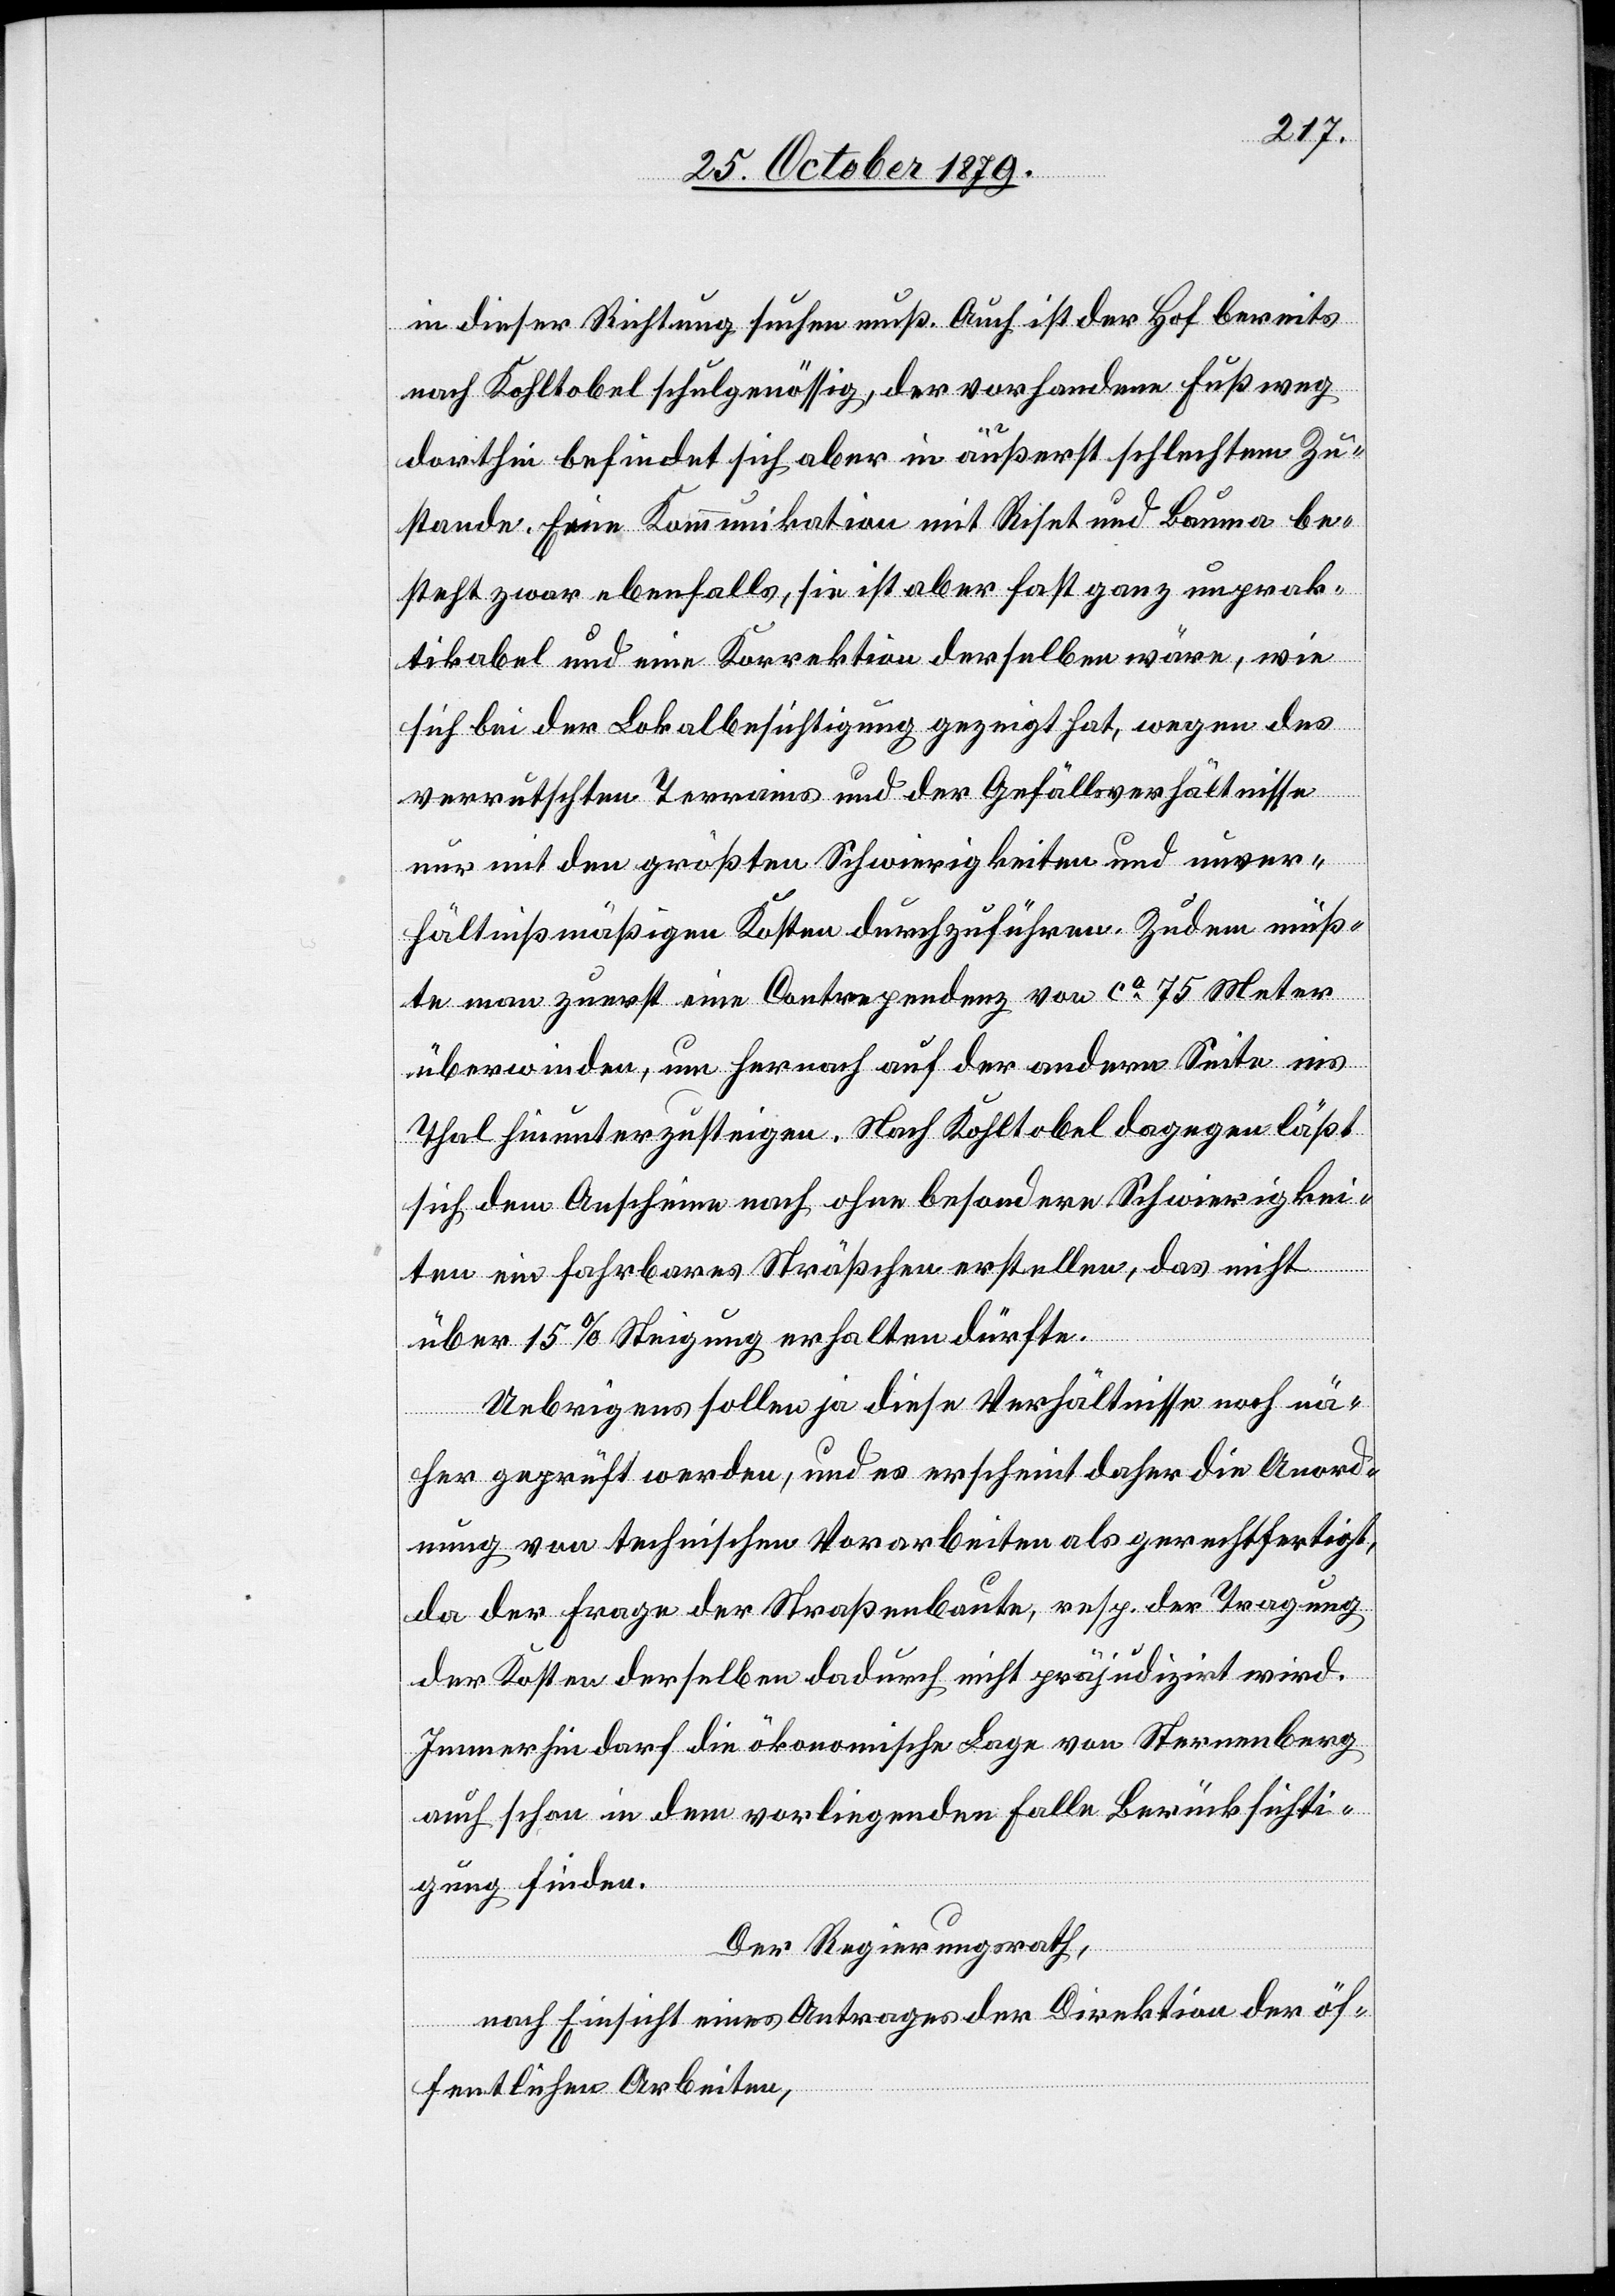
in dieser Richtung suchen muß. Auch ist der Hof bereits
nach Kohltobel schulgenössig, der vorhandene Fußweg
dorthin befindet sich aber in äußerst schlechtem Zu¬
stande. Eine Kommunikation mit Riset und Bauma be¬
steht zwar ebenfalls, sie ist aber fast ganz unprak¬
tikabel und eine Korrektion derselben wäre, wie
sich bei der Lokalbesichtigung gezeigt hat, wegen des
verrutschten Terrains und der Gefällsverhältnisse
nur mit den größten Schwierigkeiten und unver¬
hältnißmäßigen Kosten durchzuführen. Zudem müß¬
te man zuerst eine Contrapendenz von ca 75 Meter
überwinden, um hernach auf der andern Seite ins
Thal hinunterzusteigen. Nach Kohltobel dagegen läßt
sich dem Anschein nach ohne besondere Schwierigkei¬
ten ein fahrbares Straßchen erstellen, das nicht
über 15 % Steigung erhalten dürfte.
Uebrigens sollen ja diese Verhältnisse noch nä¬
her geprüft werden, und es erscheint daher die Anord¬
nung von technischen Vorarbeiten als gerechtfertigt,
da der Frage der Straßenbaute, resp. der Tragung
der Kosten derselben dadurch nicht präjudizirt wird.
Immerhin darf die ökonomische Lage von Sternenberg
auch schon in dem vorliegenden Falle Berücksichti¬
gung finden.
Der Regierungsrath,
nach Einsicht eines Antrages der Direktion der öf¬
fentlichen Arbeiten,